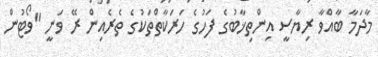
މާދަމާ ބާއްވާ ރިޔާސީ އިންތިޚާބުގެ ފަހުގެ ހަރަކާތްތަކުގެ ތެރެއިން ރޭ ވަނީ "ވޯޓުން